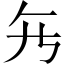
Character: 𱍺